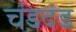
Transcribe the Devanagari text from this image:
चंडदंड